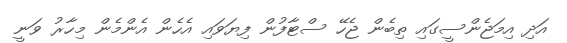
އަދި އިމަޖެންސީގައި ތިބެން ޖެހޭ ސްޓާފުން ފިޔަވައި އެހެން އެންމެން މިހާރު ވަނީ